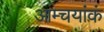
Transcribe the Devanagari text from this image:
आम्चयांकं